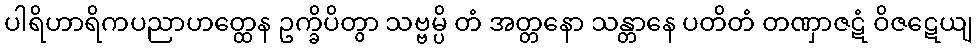
ပါရိဟာရိကပညာဟတ္ထေန ဥက္ခိပိတွာ သဗ္ဗမ္ပိ တံ အတ္တနော သန္တာနေ ပတိတံ တဏှာဇဋံ ဝိဇဋေယျ